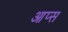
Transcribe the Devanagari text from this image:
आप्स